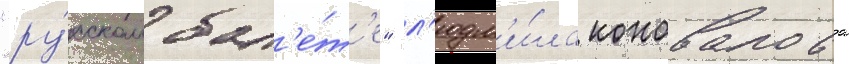
"ру́сском бал'е́т'е" л'юдм'и́ла коновалова